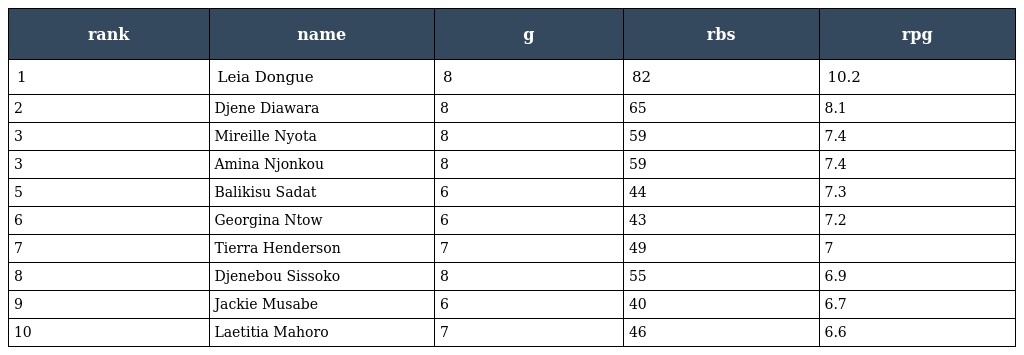
| rank | name | g | rbs | rpg |
 | --- | --- | --- | --- | --- |
 | 1 | Leia Dongue | 8 | 82 | 10.2 |
 | 2 | Djene Diawara | 8 | 65 | 8.1 |
 | 3 | Mireille Nyota | 8 | 59 | 7.4 |
 | 3 | Amina Njonkou | 8 | 59 | 7.4 |
 | 5 | Balikisu Sadat | 6 | 44 | 7.3 |
 | 6 | Georgina Ntow | 6 | 43 | 7.2 |
 | 7 | Tierra Henderson | 7 | 49 | 7 |
 | 8 | Djenebou Sissoko | 8 | 55 | 6.9 |
 | 9 | Jackie Musabe | 6 | 40 | 6.7 |
 | 10 | Laetitia Mahoro | 7 | 46 | 6.6 |